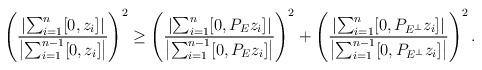
LaTeX: \begin{align*}\left(\frac{\left|\sum_{i=1}^n[0,z_i]\right|}{\left|\sum_{i=1}^{n-1}[0,z_i]\right|}\right)^2\ge\left(\frac{\left|\sum_{i=1}^n[0,P_Ez_i]\right|}{\left|\sum_{i=1}^{n-1}[0,P_Ez_i]\right|}\right)^2+\left(\frac{\left|\sum_{i=1}^n[0,P_{E^\bot}z_i]\right|}{\left|\sum_{i=1}^{n-1}[0,P_{E^\bot}z_i]\right|}\right)^2.\end{align*}